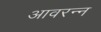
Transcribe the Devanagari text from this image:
आवरन्न